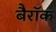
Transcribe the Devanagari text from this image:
बैरॉक